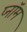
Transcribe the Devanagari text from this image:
प्नॉम